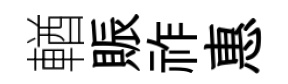
輶賑祚惠